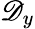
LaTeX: \mathscr{D}_{y}